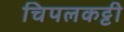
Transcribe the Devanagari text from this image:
चिपलकट्टी